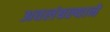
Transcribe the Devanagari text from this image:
अवलंबल्याने